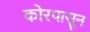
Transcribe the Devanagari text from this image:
कोरपासून